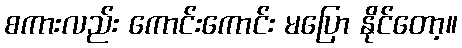
စကားလည်း ကောင်းကောင်း မပြော နိုင်တော့။